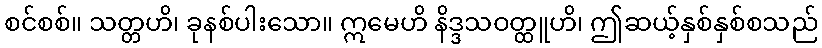
စင်စစ်။ သတ္တဟိ၊ ခုနစ်ပါးသော။ ဣမေဟိ နိဒ္ဒသဝတ္ထူဟိ၊ ဤဆယ့်နှစ်နှစ်စသည်